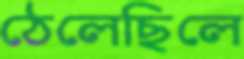
ঠেলেছিলে